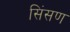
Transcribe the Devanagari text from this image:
सिंसण